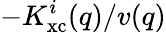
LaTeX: -K_{\mathrm{xc}}^{i}(q)/v(q)